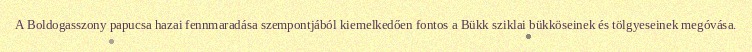
A Boldogasszony papucsa hazai fennmaradása szempontjából kiemelkedően fontos a Bükk sziklai bükköseinek és tölgyeseinek megóvása.